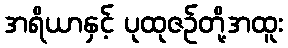
အရိယာနှင့် ပုထုဇဉ်တို့အထူး